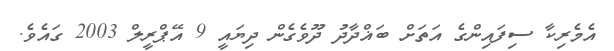
އެމެރިކާ ސިފައިންގެ އަތަށް ބަޣްދާދު ދޫވެގެން ދިޔައީ 9 އޭޕްރީލް 2003 ގައެވެ.